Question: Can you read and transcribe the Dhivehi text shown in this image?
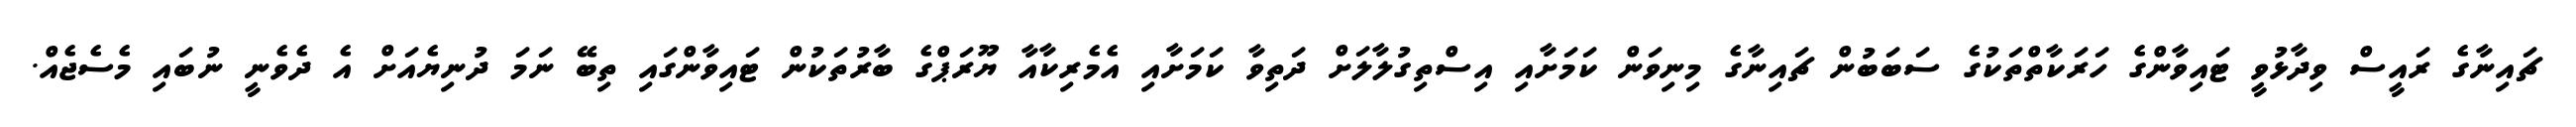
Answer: ޗައިނާގެ ރައީސް ވިދާޅުވީ ޓައިވާންގެ ހަރަކާތްތަކުގެ ސަބަބުން ޗައިނާގެ މިނިވަން ކަމަށާއި އިސްތިގުލާލަށް ދަތިވާ ކަމަށާއި އެމެރިކާއާ ޔޫރަޕްގެ ބާރުތަކުން ޓައިވާންގައި ތިބޭ ނަމަ ދުނިޔެއަށް އެ ދެވެނީ ނުބައި މެސެޖެއް.